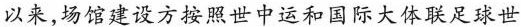
以来，场馆建设方按照世中运和国际大体联足球世